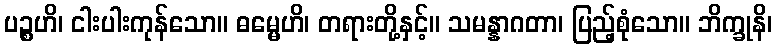
ပဉ္စဟိ၊ ငါးပါးကုန်သော။ ဓမ္မေဟိ၊ တရားတို့နှင့်။ သမန္နာဂတာ၊ ပြည့်စုံသော။ ဘိက္ခုနိ၊